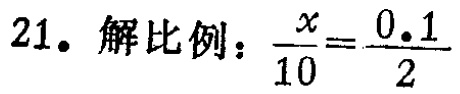
21. 解比例：$\frac{x}{10}=\frac{0.1}{2}$